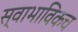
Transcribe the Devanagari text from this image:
स्‍वाभाविकच